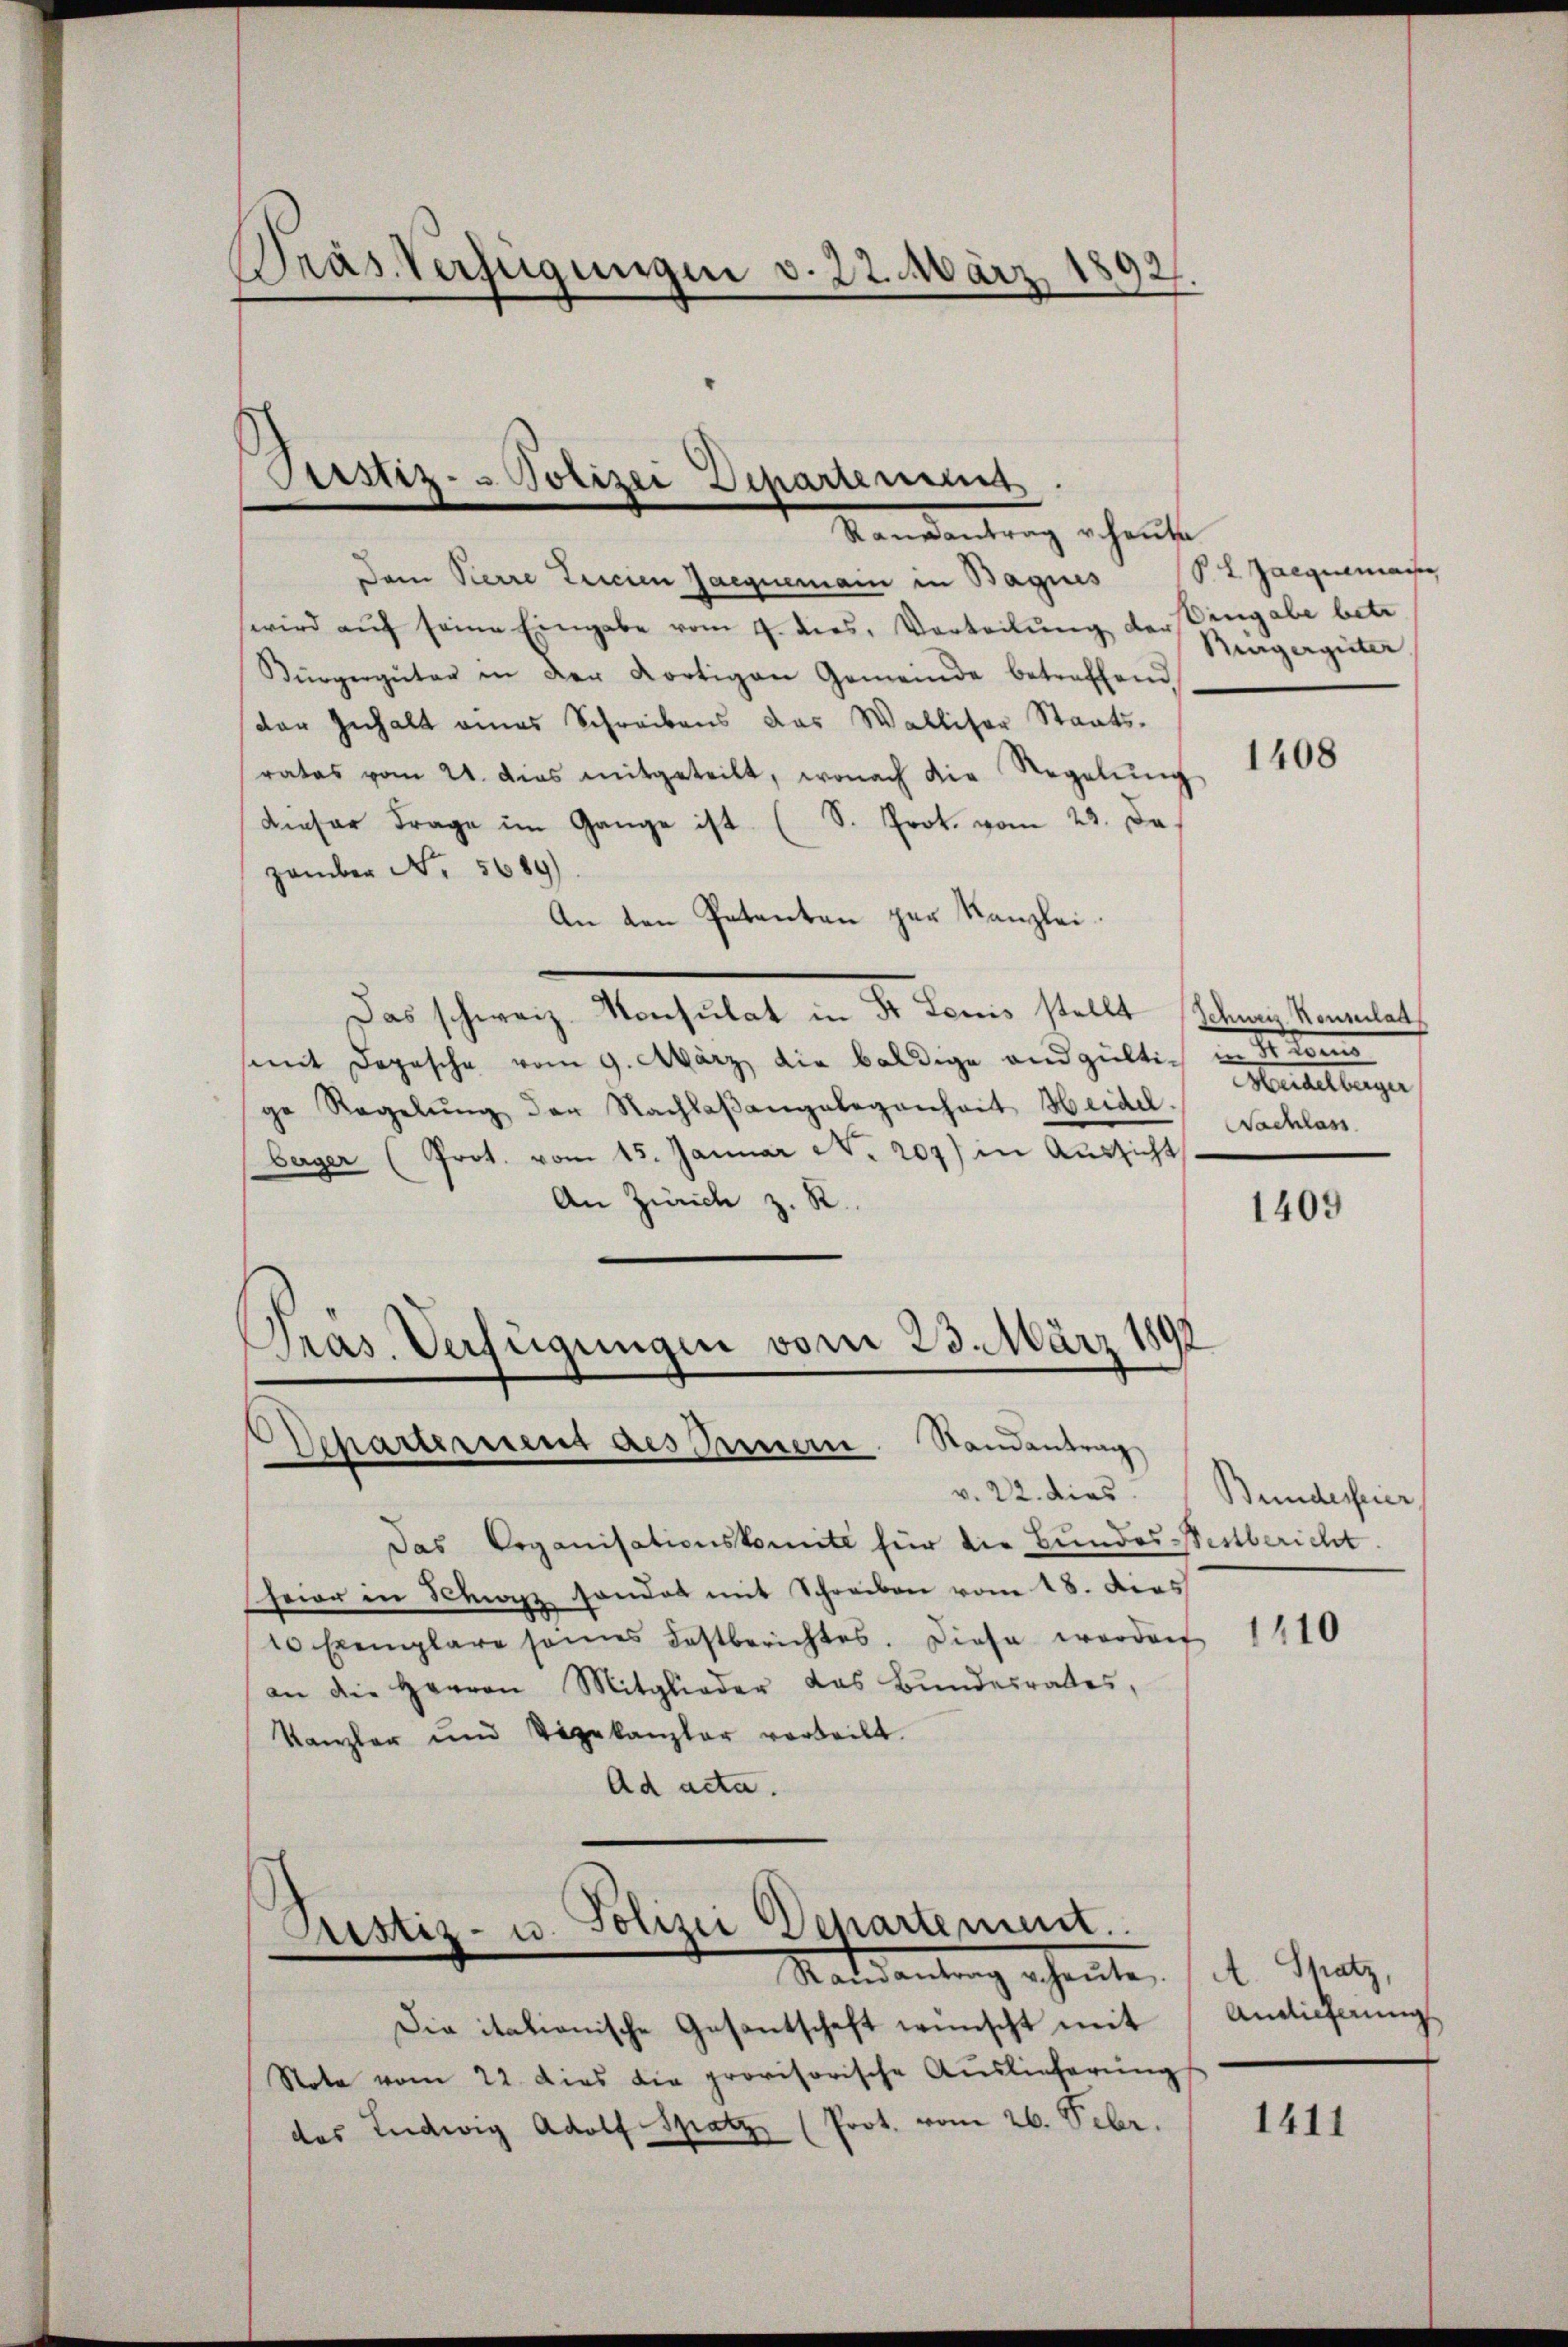
f
Präs. Verfügungen v. 22. März 1
92
.

Pristiz- & Polizei Departement
Raurantrag v. heute

Departement des Innern Randantrag

Dem Pierre Tricien Jaequemain in Bagiis S. Z Jaequeman
wird aŭf seine Eingabe vom 9. dies, Vorteilŭng der Vingabe betr.
Bürgergüter in der Kortigen Gemeinde betreffend
der Inhalt eines Schreibens das Walliser Staats-
rates vom 21. das mitgeteilt, wonach die Regelŭng
Dieser Frage im Gange ist (S. Prot. vom 23. Dazember No. 5689)
An den Petenten zur Kanzlei.
Das schweiz. Konsulat in St. Louis stellt (Schweiz. Konsulat
somit Depesche vom 9. März die baldige and gültig in Som
ge Regelŭng der Nachlaßangelegenheit Heidel.
berger (Prot. vom 15. Januar No. 207) in Aussicht
An Zürich z. R.
Pras. Verfügungen vom 23. März 1890

Aristiz- u. Polizei Departement.
Macedantung erheite,

v. 22. dies
Das Organisationskomite für die Bundes Pestbericht.
heier in Schwyz sonder mit Schreiben vom 18. dies
10 Exemplare seines Festberichtes. Diese werden
an die Herren Mitglieder das Bundesrates,
Kanzler und Vegekanzler vortheilt.
Ad acta.

Die italionische Gesantschaft wünscht mit
Note vom 22. dies die provisorische Auslieferung
das Ludwig Adolf Spatz (Prot. vom 26. Febr.

Burgergüter

1408

een eine eingen
Nachlass

1409

Bunderfeier,

1110

A. Satz,
Andieferung

1411